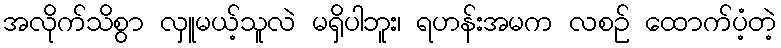
အလိုက်သိစွာ လှူမယ့်သူလဲ မရှိပါဘူး၊ ရဟန်းအမက လစဉ် ထောက်ပံ့တဲ့